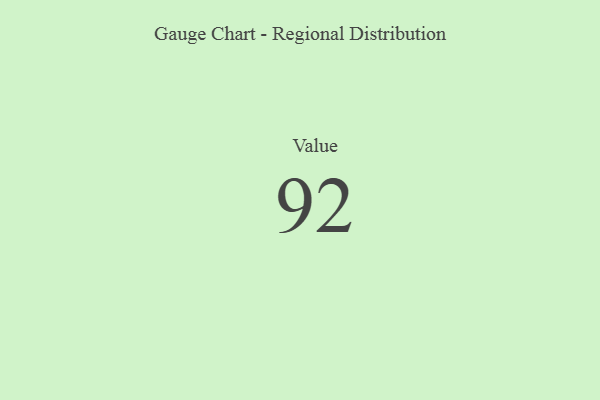
{"axis": {"x": "Metric", "y": "Value"}, "legend": [""], "data": [{"x": "Value", "y": 92, "type": ""}]}